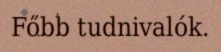
Főbb tudnivalók.